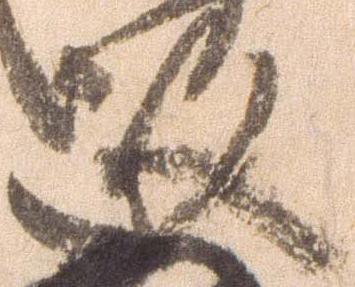
順